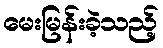
မေးမြန်းခဲ့သည့်